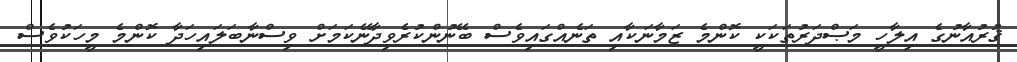
ޤުރުއާނުގެ އިލާހީ މަޞްދަރުތަކަކީ ކޮންމެ ޒަމާނަކާއި ތަނެއްގައިވެސް ބޭނުންކުރެވިދާނޭކަމަށް ވިސްނާބަލައިހަދާ ކޮންމެ މީހަކުވެސް